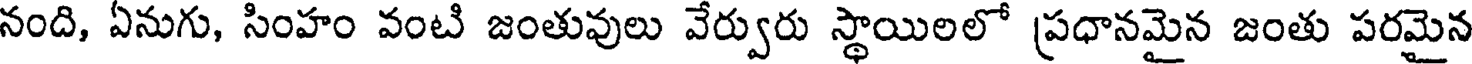
నంది, ఏనుగు, సింహం వంటి జంతువులు వేర్వురు స్థాయిలలో ప్రధానమైన జంతు పరమైన